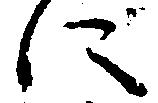
に